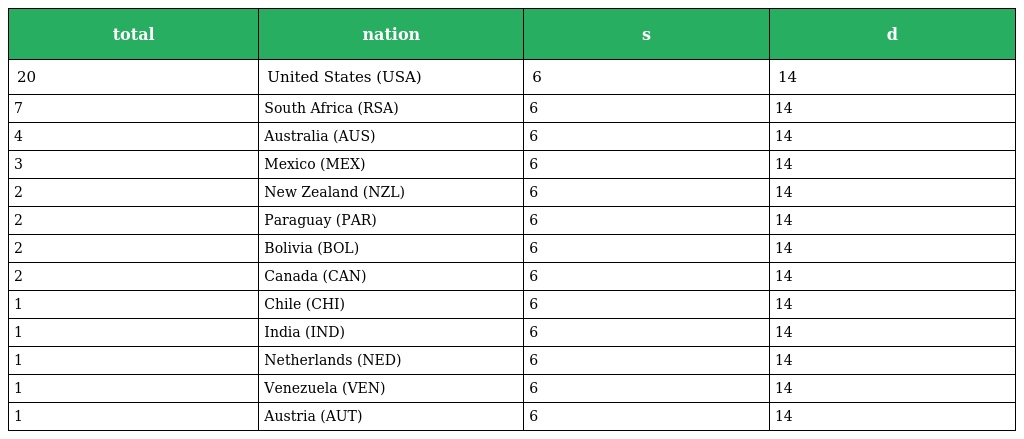
| total | nation | s | d |
 | --- | --- | --- | --- |
 | 20 | United States (USA) | 6 | 14 |
 | 7 | South Africa (RSA) | 6 | 14 |
 | 4 | Australia (AUS) | 6 | 14 |
 | 3 | Mexico (MEX) | 6 | 14 |
 | 2 | New Zealand (NZL) | 6 | 14 |
 | 2 | Paraguay (PAR) | 6 | 14 |
 | 2 | Bolivia (BOL) | 6 | 14 |
 | 2 | Canada (CAN) | 6 | 14 |
 | 1 | Chile (CHI) | 6 | 14 |
 | 1 | India (IND) | 6 | 14 |
 | 1 | Netherlands (NED) | 6 | 14 |
 | 1 | Venezuela (VEN) | 6 | 14 |
 | 1 | Austria (AUT) | 6 | 14 |